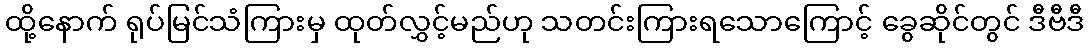
ထို့နောက် ရုပ်မြင်သံကြားမှ ထုတ်လွှင့်မည်ဟု သတင်းကြားရသောကြောင့် ခွေဆိုင်တွင် ဒီဗီဒီ